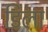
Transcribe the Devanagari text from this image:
डिला